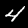
Digit: 4